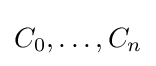
C_{0},\dots ,C_{n}